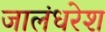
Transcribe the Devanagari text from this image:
जालंधरेश